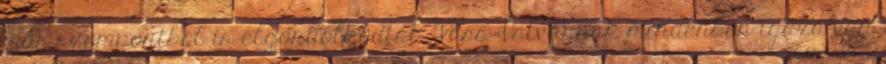
más szem­pontból is elgondolkodtat. Vass Istvánnak min­denben igaza van